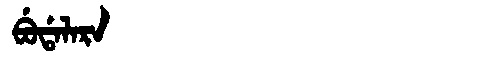
Manchu: ᠪᡠᡩᠠᠯᠠᡵᠠ
Romanization: BUDALARA